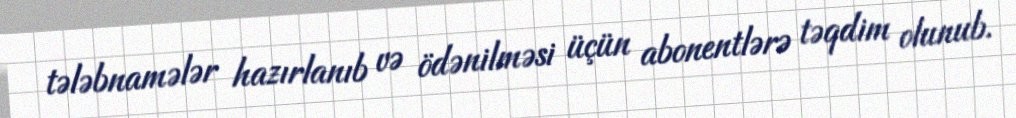
tələbnamələr hazırlanıb və ödənilməsi üçün abonentlərə təqdim olunub.